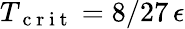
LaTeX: T_{\mathrm{~c~r~i~t~}}=8/27\, \epsilon